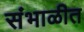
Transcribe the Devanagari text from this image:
संभाळीत